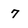
Character: 7